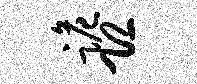
跪恐